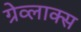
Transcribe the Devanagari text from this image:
ग्रेव्लाक्स